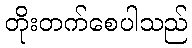
တိုးတက်စေပါသည်